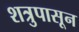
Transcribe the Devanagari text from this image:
शत्रुपासून